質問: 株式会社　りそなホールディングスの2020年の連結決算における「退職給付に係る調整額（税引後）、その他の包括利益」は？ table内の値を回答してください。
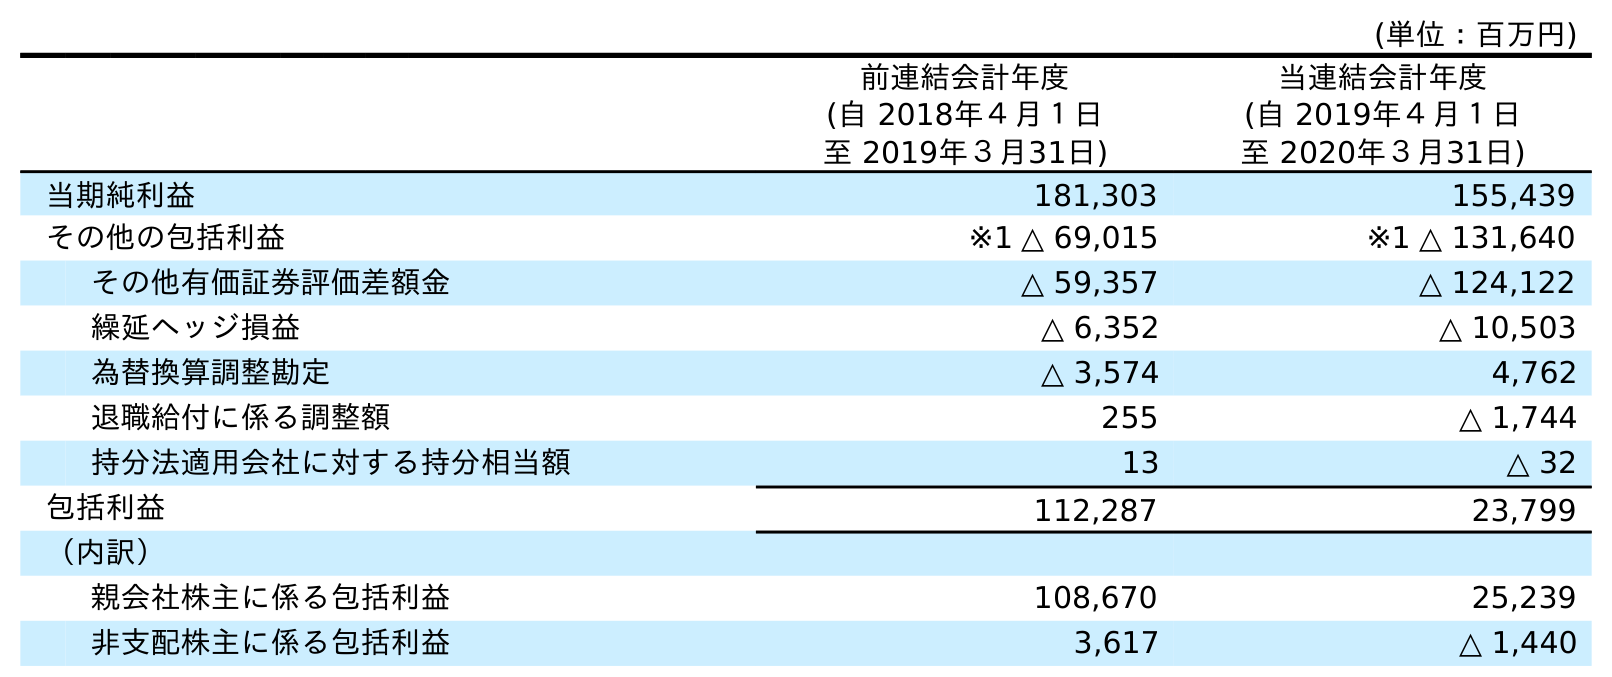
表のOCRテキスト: (単位：百万円) 前連結会計年度 (自 2018年４月１日 至 2019年３月31日) 当連結会計年度 (自 2019年４月１日 至 2020年３月31日) 当期純利益 181,303 155,439 その他の包括利益 ※1 △ 69,015 ※1 △ 131,640 その他有価証券評価差額金 △ 59,357 △ 124,122 繰延ヘッジ損益 △ 6,352 △ 10,503 為替換算調整勘定 △ 3,574 4,762 退職給付に係る調整額 255 △ 1,744 持分法適用会社に対する持分相当額 13 △ 32 包括利益 112,287 23,799 （内訳） 親会社株主に係る包括利益 108,670 25,239 非支配株主に係る包括利益 3,617 △ 1,440
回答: △1,744